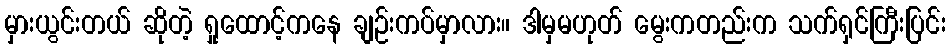
မှားယွင်းတယ် ဆိုတဲ့ ရှုထောင့်ကနေ ချဉ်းကပ်မှာလား။ ဒါမှမဟုတ် မွေးကတည်းက သက်ရှင်ကြီးပြင်း